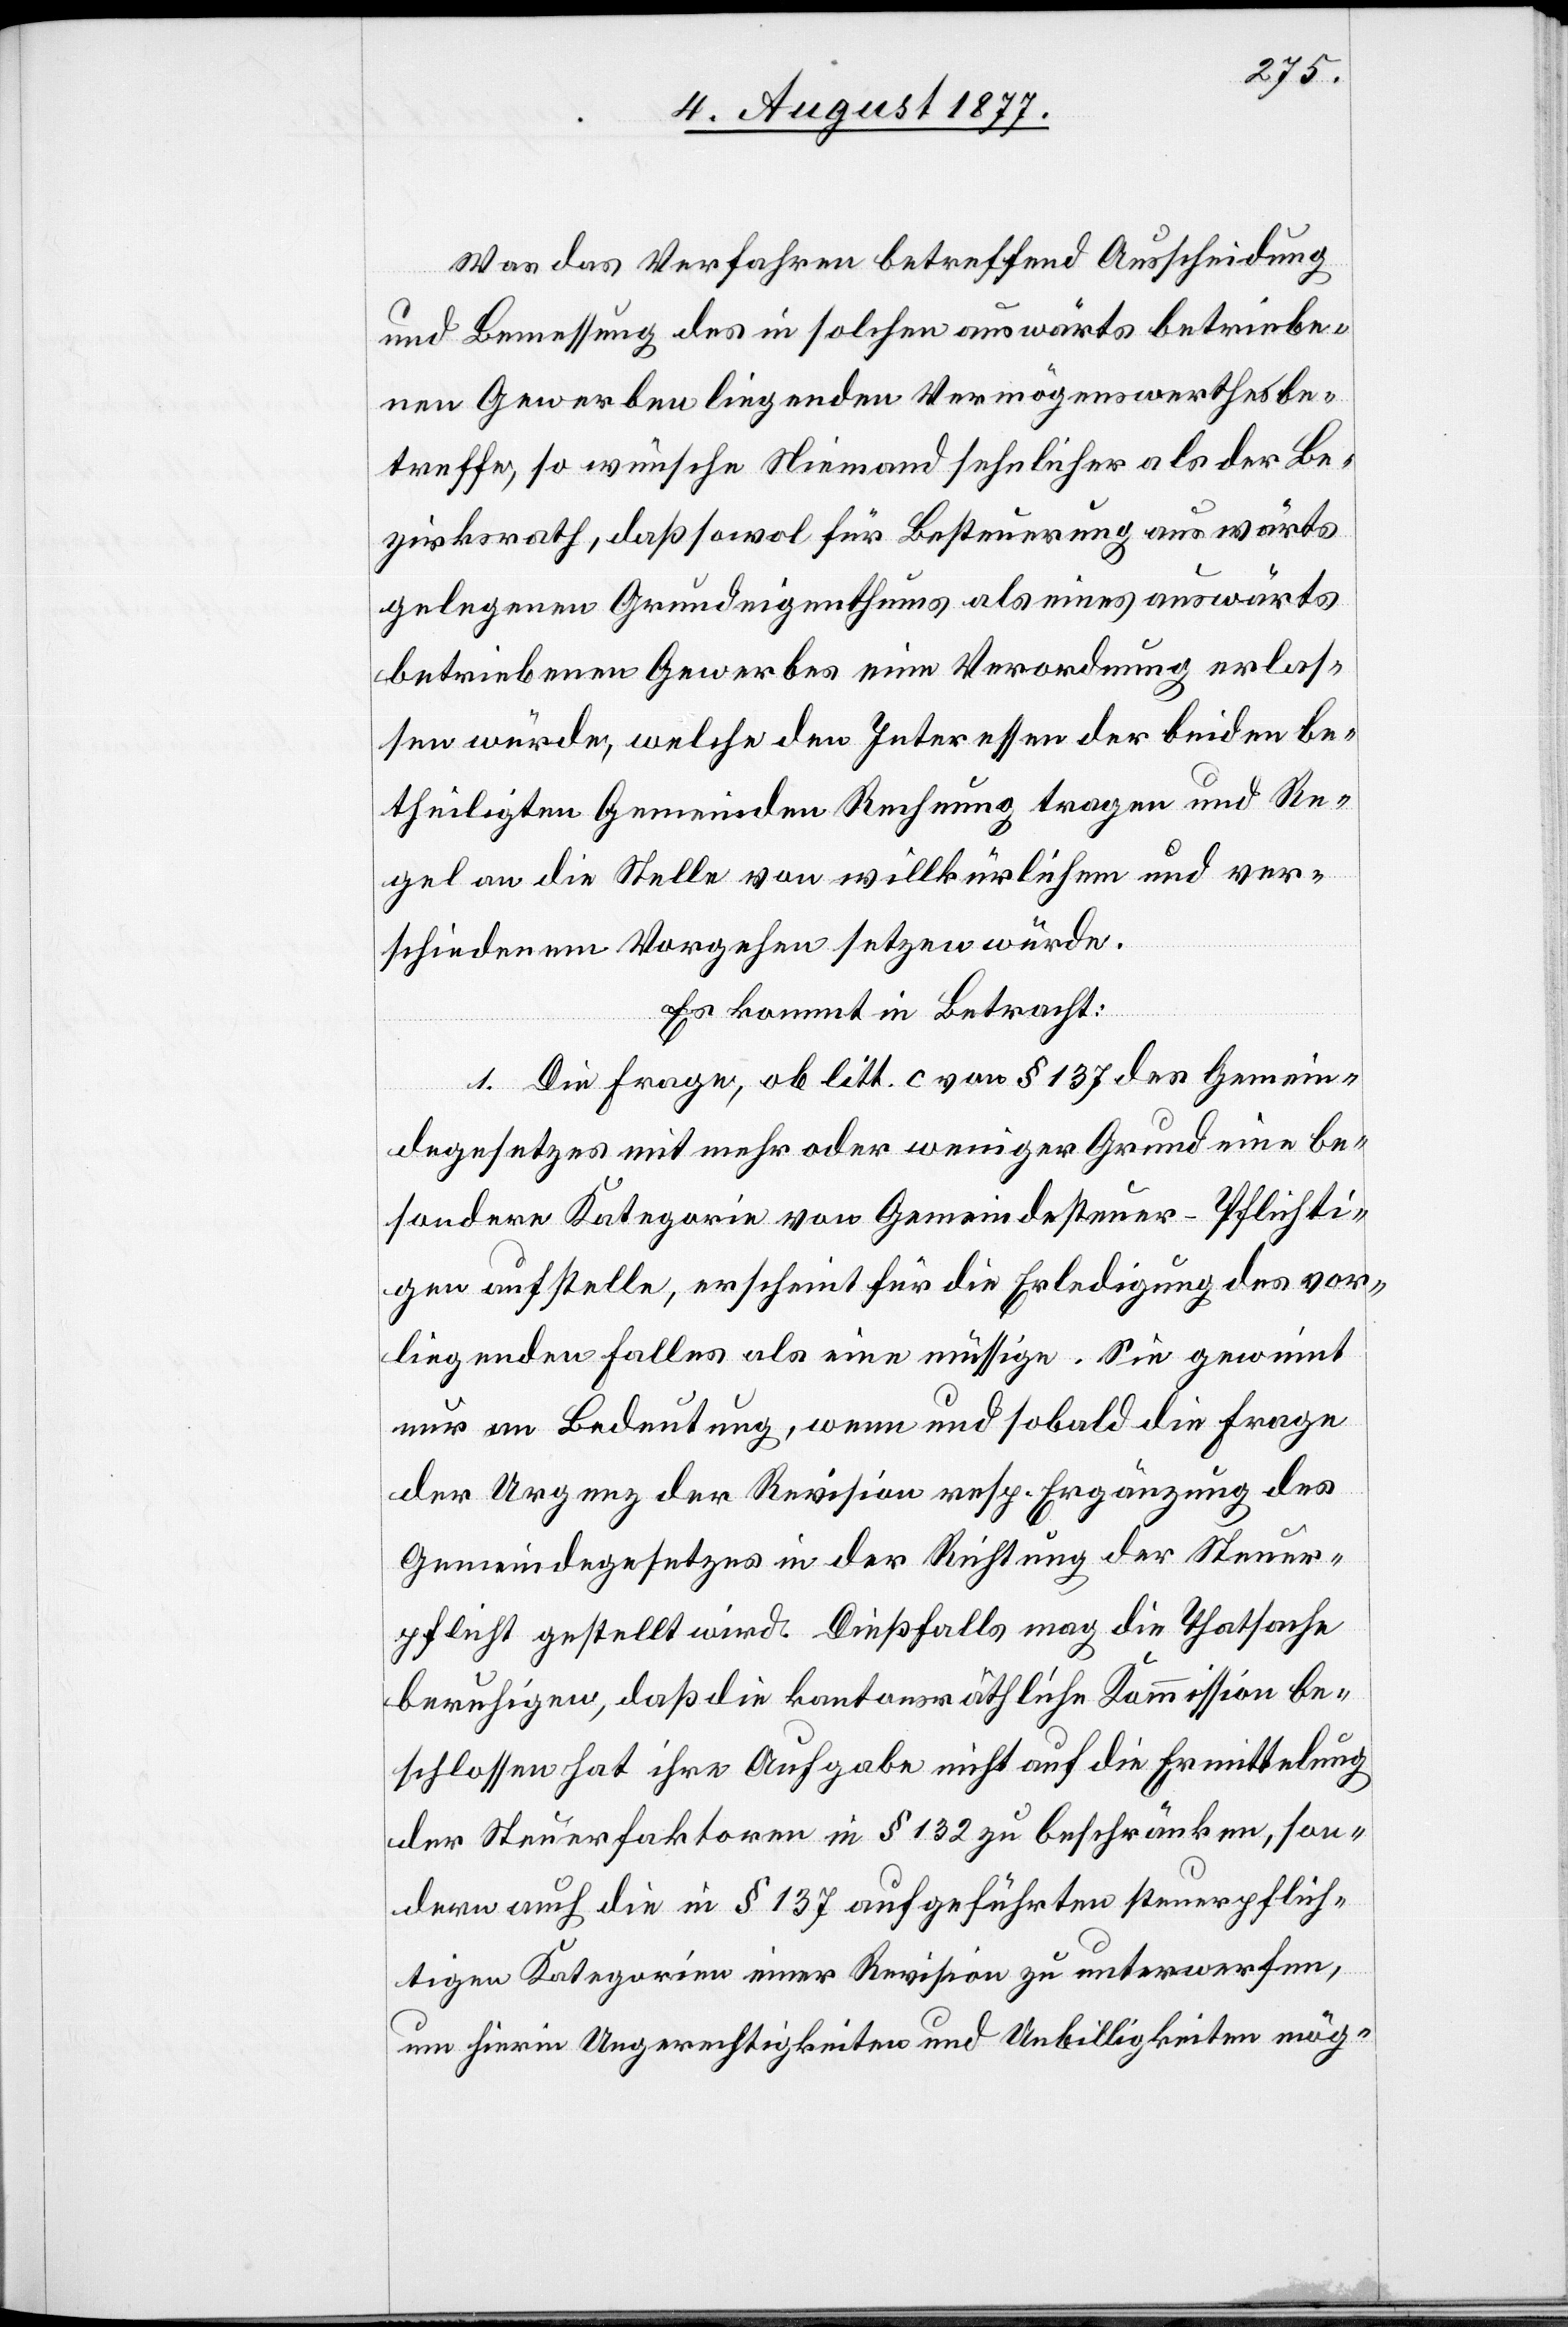
Was das Verfahren betreffend Ausscheidung
und Bemessung des in solchen auswärts betriebe¬
nen Gewerben liegenden Vermögenswerthes be¬
treffe, so wünsche Niemand sehnlicher als der Be¬
zirksrath, daß sowol für Besteuerung auswärts
gelegenen Grundeigenthums als eines auswärts
betriebenen Gewerbes eine Verordnung erlas¬
sen würde, welche den Interessen der beiden be¬
theiligten Gemeinden Rechnung tragen und Re¬
gel an die Stelle von willkürlichem und ver¬
schiedenem Vorgehen setzen würde.
Es kommt in Betracht:
1. Die Frage, ob litt. c von § 137 des Gemein¬
degesetzes mit mehr oder weniger Grund eine be¬
sondere Kategorie von Gemeindesteuer-Pflichti¬
gen aufstelle, erscheint für die Erledigung des vor¬
liegenden Falles als eine müssige. Sie gewinnt
nur an Bedeutung, wenn und sobald die Frage
der Urgenz der Revision resp. Ergänzung des
Gemeindegesetzes in der Richtung der Steuer¬
pflicht gestellt wird. Dießfalls mag die Thatsache
beruhigen, daß die kantonsräthliche Kommission be¬
schlossen hat ihre Aufgabe nicht auf die Ermittelung
der Steuerfaktoren in § 132 zu beschränken, son¬
dern auch die in § 137 aufgeführten steuerpflich¬
tigen Kategorien einer Revision zu unterwerfen,
um hierin Ungerechtigkeiten und Unbilligkeiten mög-